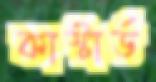
কাস্টার্ড